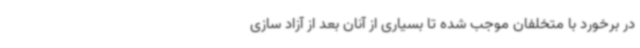
در برخورد با متخلفان موجب شده تا بسیاری از آنان بعد از آزاد سازی